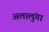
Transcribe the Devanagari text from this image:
अलालुंगा